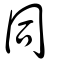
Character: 同